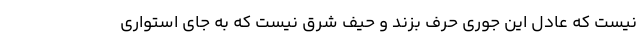
نیست که عادل این جوری حرف بزند و حیفِ شرق نیست که به جای استواری